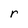
Character: r